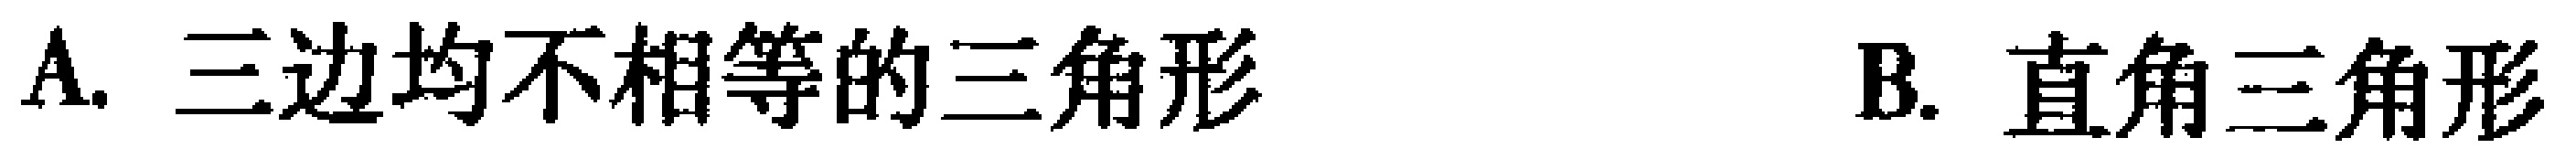
A. 三边均不相等的三角形  B. 直角三角形